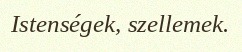
Istenségek, szellemek.